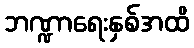
ဘဏ္ဍာရေးနှစ်အထိ